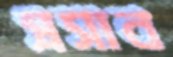
প্রসাব